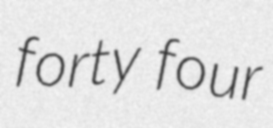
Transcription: forty four